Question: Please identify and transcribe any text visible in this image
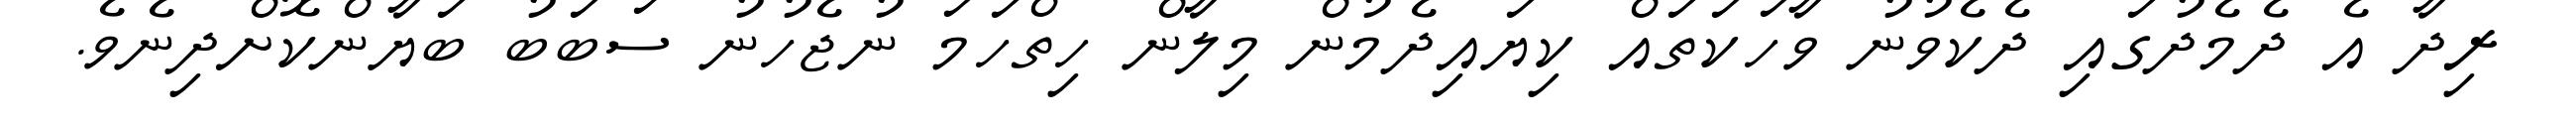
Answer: ރިދާ އެ ދެމެދުގައި ދެކެވުނު ވާހަކަތައް ކިޔައިދެމުން މިލާން ހިތްހަމަ ނުޖެހުނު ސަބަބު ބަޔާންކޮށްދިނެވެ.